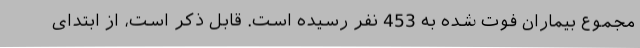
مجموع بیماران فوت شده به 453 نفر رسیده است. قابل ذکر است، از ابتدای